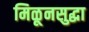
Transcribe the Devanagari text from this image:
मिळूनसुद्धा